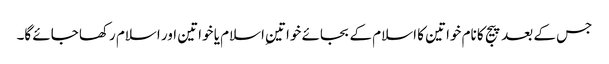
جس کے بعد پیج کا نام خواتین کا اسلام کے بجائے خواتینِ اسلام یا خواتین اور اسلام رکھا جائے گا۔